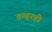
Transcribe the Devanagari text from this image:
कव्हरही